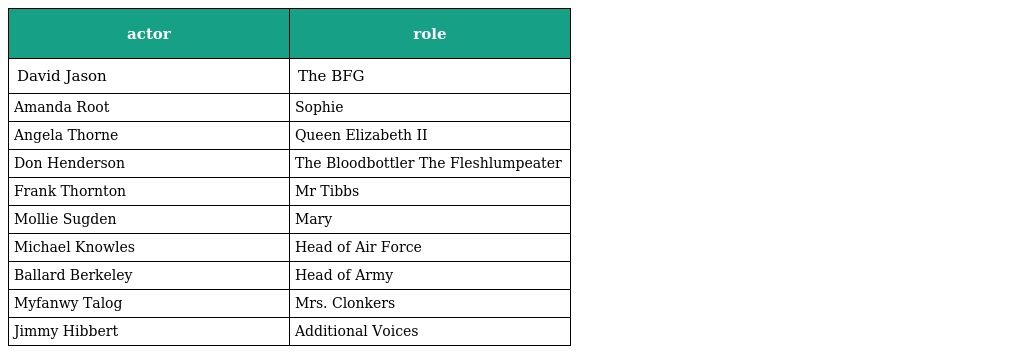
| actor | role |
 | --- | --- |
 | David Jason | The BFG |
 | Amanda Root | Sophie |
 | Angela Thorne | Queen Elizabeth II |
 | Don Henderson | The Bloodbottler The Fleshlumpeater |
 | Frank Thornton | Mr Tibbs |
 | Mollie Sugden | Mary |
 | Michael Knowles | Head of Air Force |
 | Ballard Berkeley | Head of Army |
 | Myfanwy Talog | Mrs. Clonkers |
 | Jimmy Hibbert | Additional Voices |